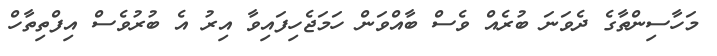
މަހާސިންތާގެ ދެވަނަ ބުރެއް ވެސް ބާއްވަން ހަމަޖެހިފައިވާ އިރު އެ ބުރުވެސް އިފްތިތާހް